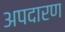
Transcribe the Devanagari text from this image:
अपदारण